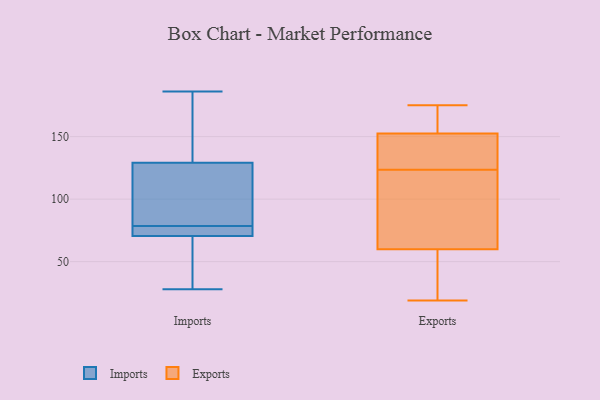
{"axis": {"x": "Demand Index", "y": "Value"}, "legend": ["Exports", "Imports"], "data": [{"x": "", "y": 77, "type": "Imports"}, {"x": "", "y": 28, "type": "Imports"}, {"x": "", "y": 74, "type": "Imports"}, {"x": "", "y": 55, "type": "Imports"}, {"x": "", "y": 145, "type": "Imports"}, {"x": "", "y": 110, "type": "Imports"}, {"x": "", "y": 72, "type": "Imports"}, {"x": "", "y": 69, "type": "Imports"}, {"x": "", "y": 186, "type": "Imports"}, {"x": "", "y": 113, "type": "Imports"}, {"x": "", "y": 173, "type": "Imports"}, {"x": "", "y": 80, "type": "Imports"}, {"x": "", "y": 134, "type": "Exports"}, {"x": "", "y": 138, "type": "Exports"}, {"x": "", "y": 151, "type": "Exports"}, {"x": "", "y": 51, "type": "Exports"}, {"x": "", "y": 30, "type": "Exports"}, {"x": "", "y": 19, "type": "Exports"}, {"x": "", "y": 128, "type": "Exports"}, {"x": "", "y": 30, "type": "Exports"}, {"x": "", "y": 69, "type": "Exports"}, {"x": "", "y": 119, "type": "Exports"}, {"x": "", "y": 154, "type": "Exports"}, {"x": "", "y": 175, "type": "Exports"}, {"x": "", "y": 108, "type": "Exports"}, {"x": "", "y": 171, "type": "Exports"}, {"x": "", "y": 101, "type": "Exports"}, {"x": "", "y": 174, "type": "Exports"}]}